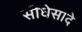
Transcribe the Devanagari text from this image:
सीधेसादे